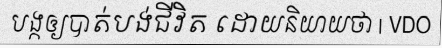
បង្កឲ្យបាត់បង់ជីវិត ដោយនិយាយថា | VDO